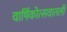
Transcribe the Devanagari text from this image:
वार्षिकोत्सवातली